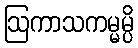
ဩကာသကမ္မမ္ပိ